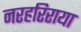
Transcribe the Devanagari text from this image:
नरहरिराया